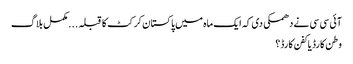
آئی سی سی نے دھمکی دی کہ ایک ماہ میں پاکستان کرکٹ کا قبلہ . . . مکمل بلاگ
وطن کارڈ یا کفن کارڈ؟